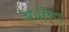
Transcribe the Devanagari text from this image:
अशीप्